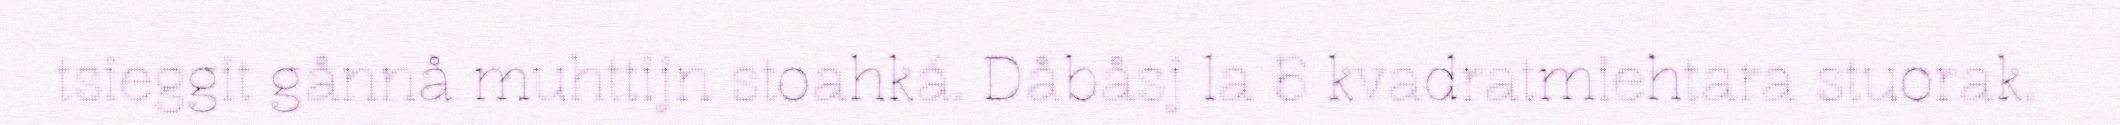
tsieggit gånnå muhttijn stoahká. Dåbåsj la 5 kvadratmiehtara stuorak.